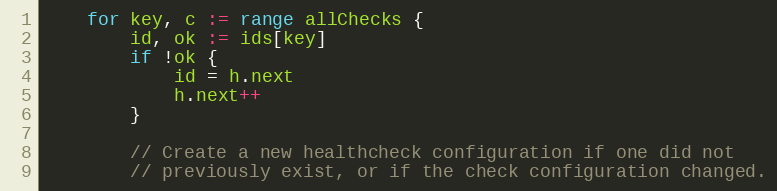
Language: Go
	for key, c := range allChecks {
		id, ok := ids[key]
		if !ok {
			id = h.next
			h.next++
		}

		// Create a new healthcheck configuration if one did not
		// previously exist, or if the check configuration changed.